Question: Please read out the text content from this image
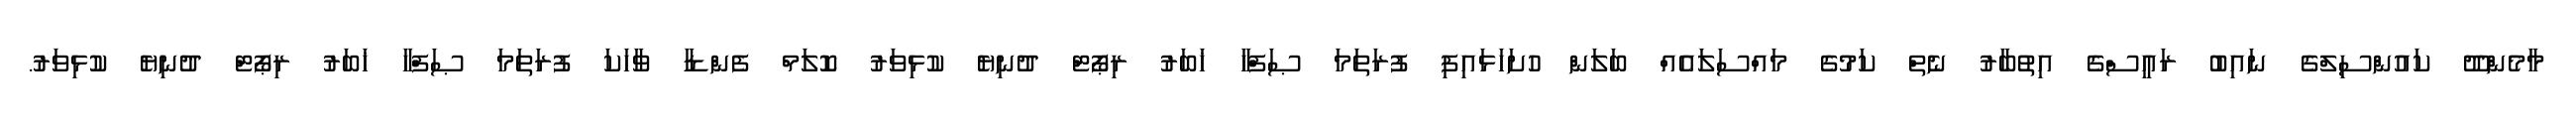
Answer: މާމެންދޫ ކައުންސިލްގެ ނައިބު ރައީސްގެ އިތުބާރު ނެތް ކަމުގެ މައްސަލައެއް ބަލަން ހުށަހަޅައިފި ފުރަތަމަ ޞަފްހާ ޚަބަރު ރިޕޯޓް ދުނިޔެ ކުޅިވަރު ކޮލަމް ފެންޑާ ވާހަކަ ފުރަތަމަ ޞަފްހާ ޚަބަރު ރިޕޯޓް ދުނިޔެ ކުޅިވަރު.